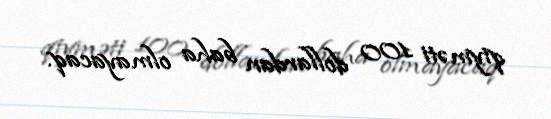
qiyməti 100 dollardan baha olmayacaq.